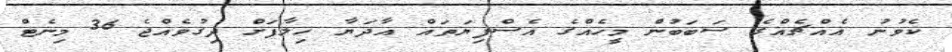
ކެވުނު އެއްޗެއްގެ ސަބަބުން މީހެއްގެ އެސްފިޔަތައް އާދަޔާ ޚިލާފަށް ދިގުވެއްޖެ 36 މިނެޓް